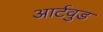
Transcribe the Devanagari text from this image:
आर्टवुड